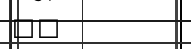
٢٣